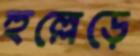
হুল্লেড়ে